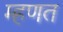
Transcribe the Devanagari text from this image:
म्‍हणत